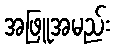
အဖြူအမည်း